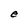
Character: e